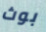
بوث